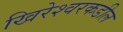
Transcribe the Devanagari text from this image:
खिरेश्वरकडील